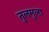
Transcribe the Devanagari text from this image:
तुलमुला